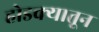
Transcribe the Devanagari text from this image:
होडक्यातून